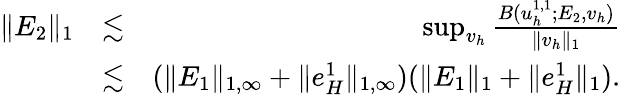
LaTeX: \begin{array}{rlr}{\| E_{2}\| _{1}}&{\lesssim}&{\operatorname*{sup}_{v_{h}}\frac{B(u_{h}^{1,1};E_{2},v_{h})}{\| v_{h}\| _{1}}}\\ &{\lesssim}&{(\| E_{1}\| _{1,\infty}+\| e_{H}^{1}\| _{1,\infty})(\| E_{1}\| _{1}+\| e_{H}^{1}\| _{1}).}\end{array}